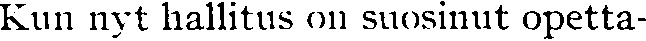
Kun nyt hallitus on suosinut opetta-